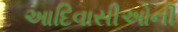
આદિવાસીઓની